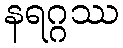
နရဂ္ဂဿ